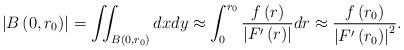
LaTeX: \begin{align*}\left\vert B\left( 0,r_{0}\right) \right\vert =\iint_{B\left( 0,r_{0}\right)}dxdy\approx \int_{0}^{r_{0}}\frac{f\left( r\right) }{\left\vert F^{\prime}\left( r\right) \right\vert }dr\approx \frac{f\left( r_{0}\right) }{\left\vert F^{\prime }\left( r_{0}\right) \right\vert ^{2}}.\end{align*}